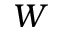
W